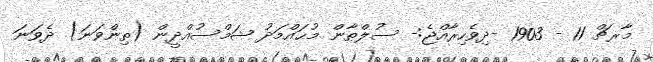
މާރޗް 11 - 1903 -ދިވެހިރާއްޖެ:- ސުލްޠާން މުޙައްމަދު ޝަމްސުއްދީން (ތިންވަނަ) ދެވަނަ